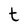
Character: t